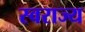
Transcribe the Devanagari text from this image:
स्‍वराज्य